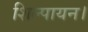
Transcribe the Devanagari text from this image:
शिल्पायन।